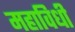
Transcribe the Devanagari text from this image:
महाविधी